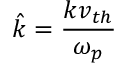
\hat { k } = \frac { k v _ { t h } } { \omega _ { p } }